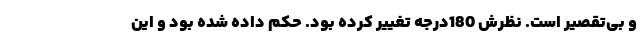
و بی‌تقصیر است. نظرش 180درجه تغییر کرده بود. حکم داده شده بود و این